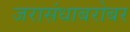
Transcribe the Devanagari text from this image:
जरासंधाबरोबर